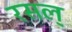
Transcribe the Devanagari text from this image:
रसल्